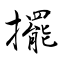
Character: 擺